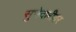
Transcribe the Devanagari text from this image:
सुभेदारीवर